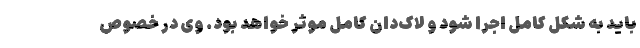
باید به شکل کامل اجرا شود و لاک‌دان کامل موثر خواهد بود. وی در خصوص